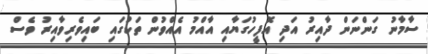
ސާމާނު ގަންނަން ދާއިރު އަދި އޮފީހުގަޔާއި އާއްމު އެއްވުން ތަކުގައި ބައިވެރިވާއިރު ވެސް